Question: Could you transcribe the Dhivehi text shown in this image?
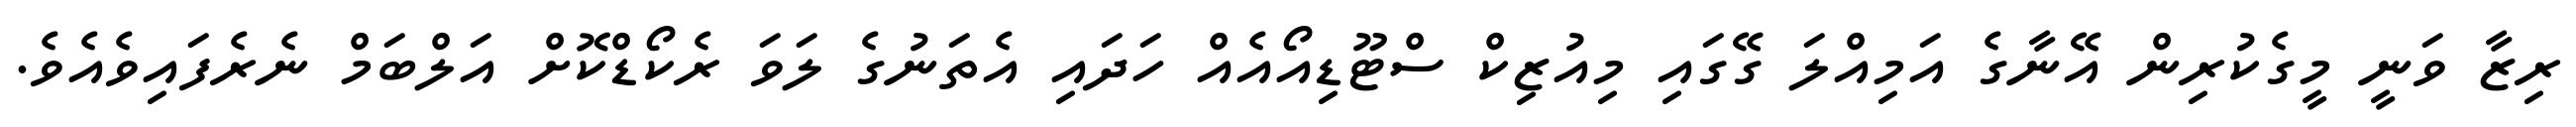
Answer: ރިޒާ ވަނީ މީގެކުރިން އޭނާގެ އަމިއްލަ ގޭގައި މިއުޒިކް ސްޓޫޑިއޯއެއް ހަދައި އެތަނުގެ ލަވަ ރެކޯޑްކޮށް އަލްބަމް ނެރެފައިވެއެވެ.